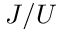
J / U